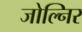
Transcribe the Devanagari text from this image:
जोल्निर